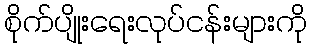
စိုက်ပျိုးရေးလုပ်ငန်းများကို